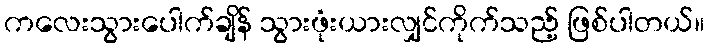
ကလေးသွားပေါက်ချိန် သွားဖုံးယားလျှင်ကိုက်သည့် ဖြစ်ပါတယ်။